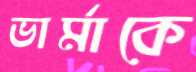
ভার্মাকে